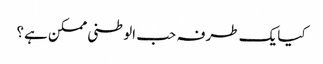
کیا یک طرفہ حب الوطنی ممکن ہے؟